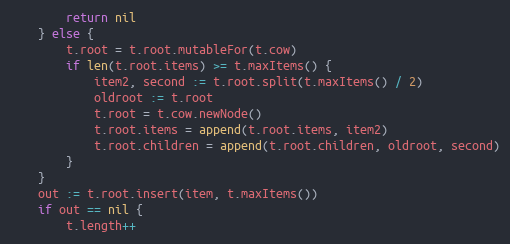
Language: Go
		return nil
	} else {
		t.root = t.root.mutableFor(t.cow)
		if len(t.root.items) >= t.maxItems() {
			item2, second := t.root.split(t.maxItems() / 2)
			oldroot := t.root
			t.root = t.cow.newNode()
			t.root.items = append(t.root.items, item2)
			t.root.children = append(t.root.children, oldroot, second)
		}
	}
	out := t.root.insert(item, t.maxItems())
	if out == nil {
		t.length++